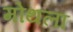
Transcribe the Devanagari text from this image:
मोथला